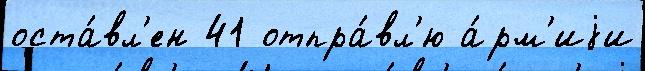
оста́вл'ен 41 отпра́вл'ю а́рм'иjи